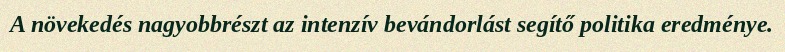
A növekedés nagyobbrészt az intenzív bevándorlást segítő politika eredménye.